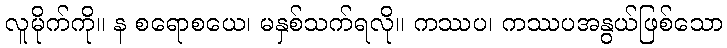
လူမိုက်ကို။ န စရောစယေ၊ မနှစ်သက်ရလို။ ကဿပ၊ ကဿပအနွယ်ဖြစ်သော